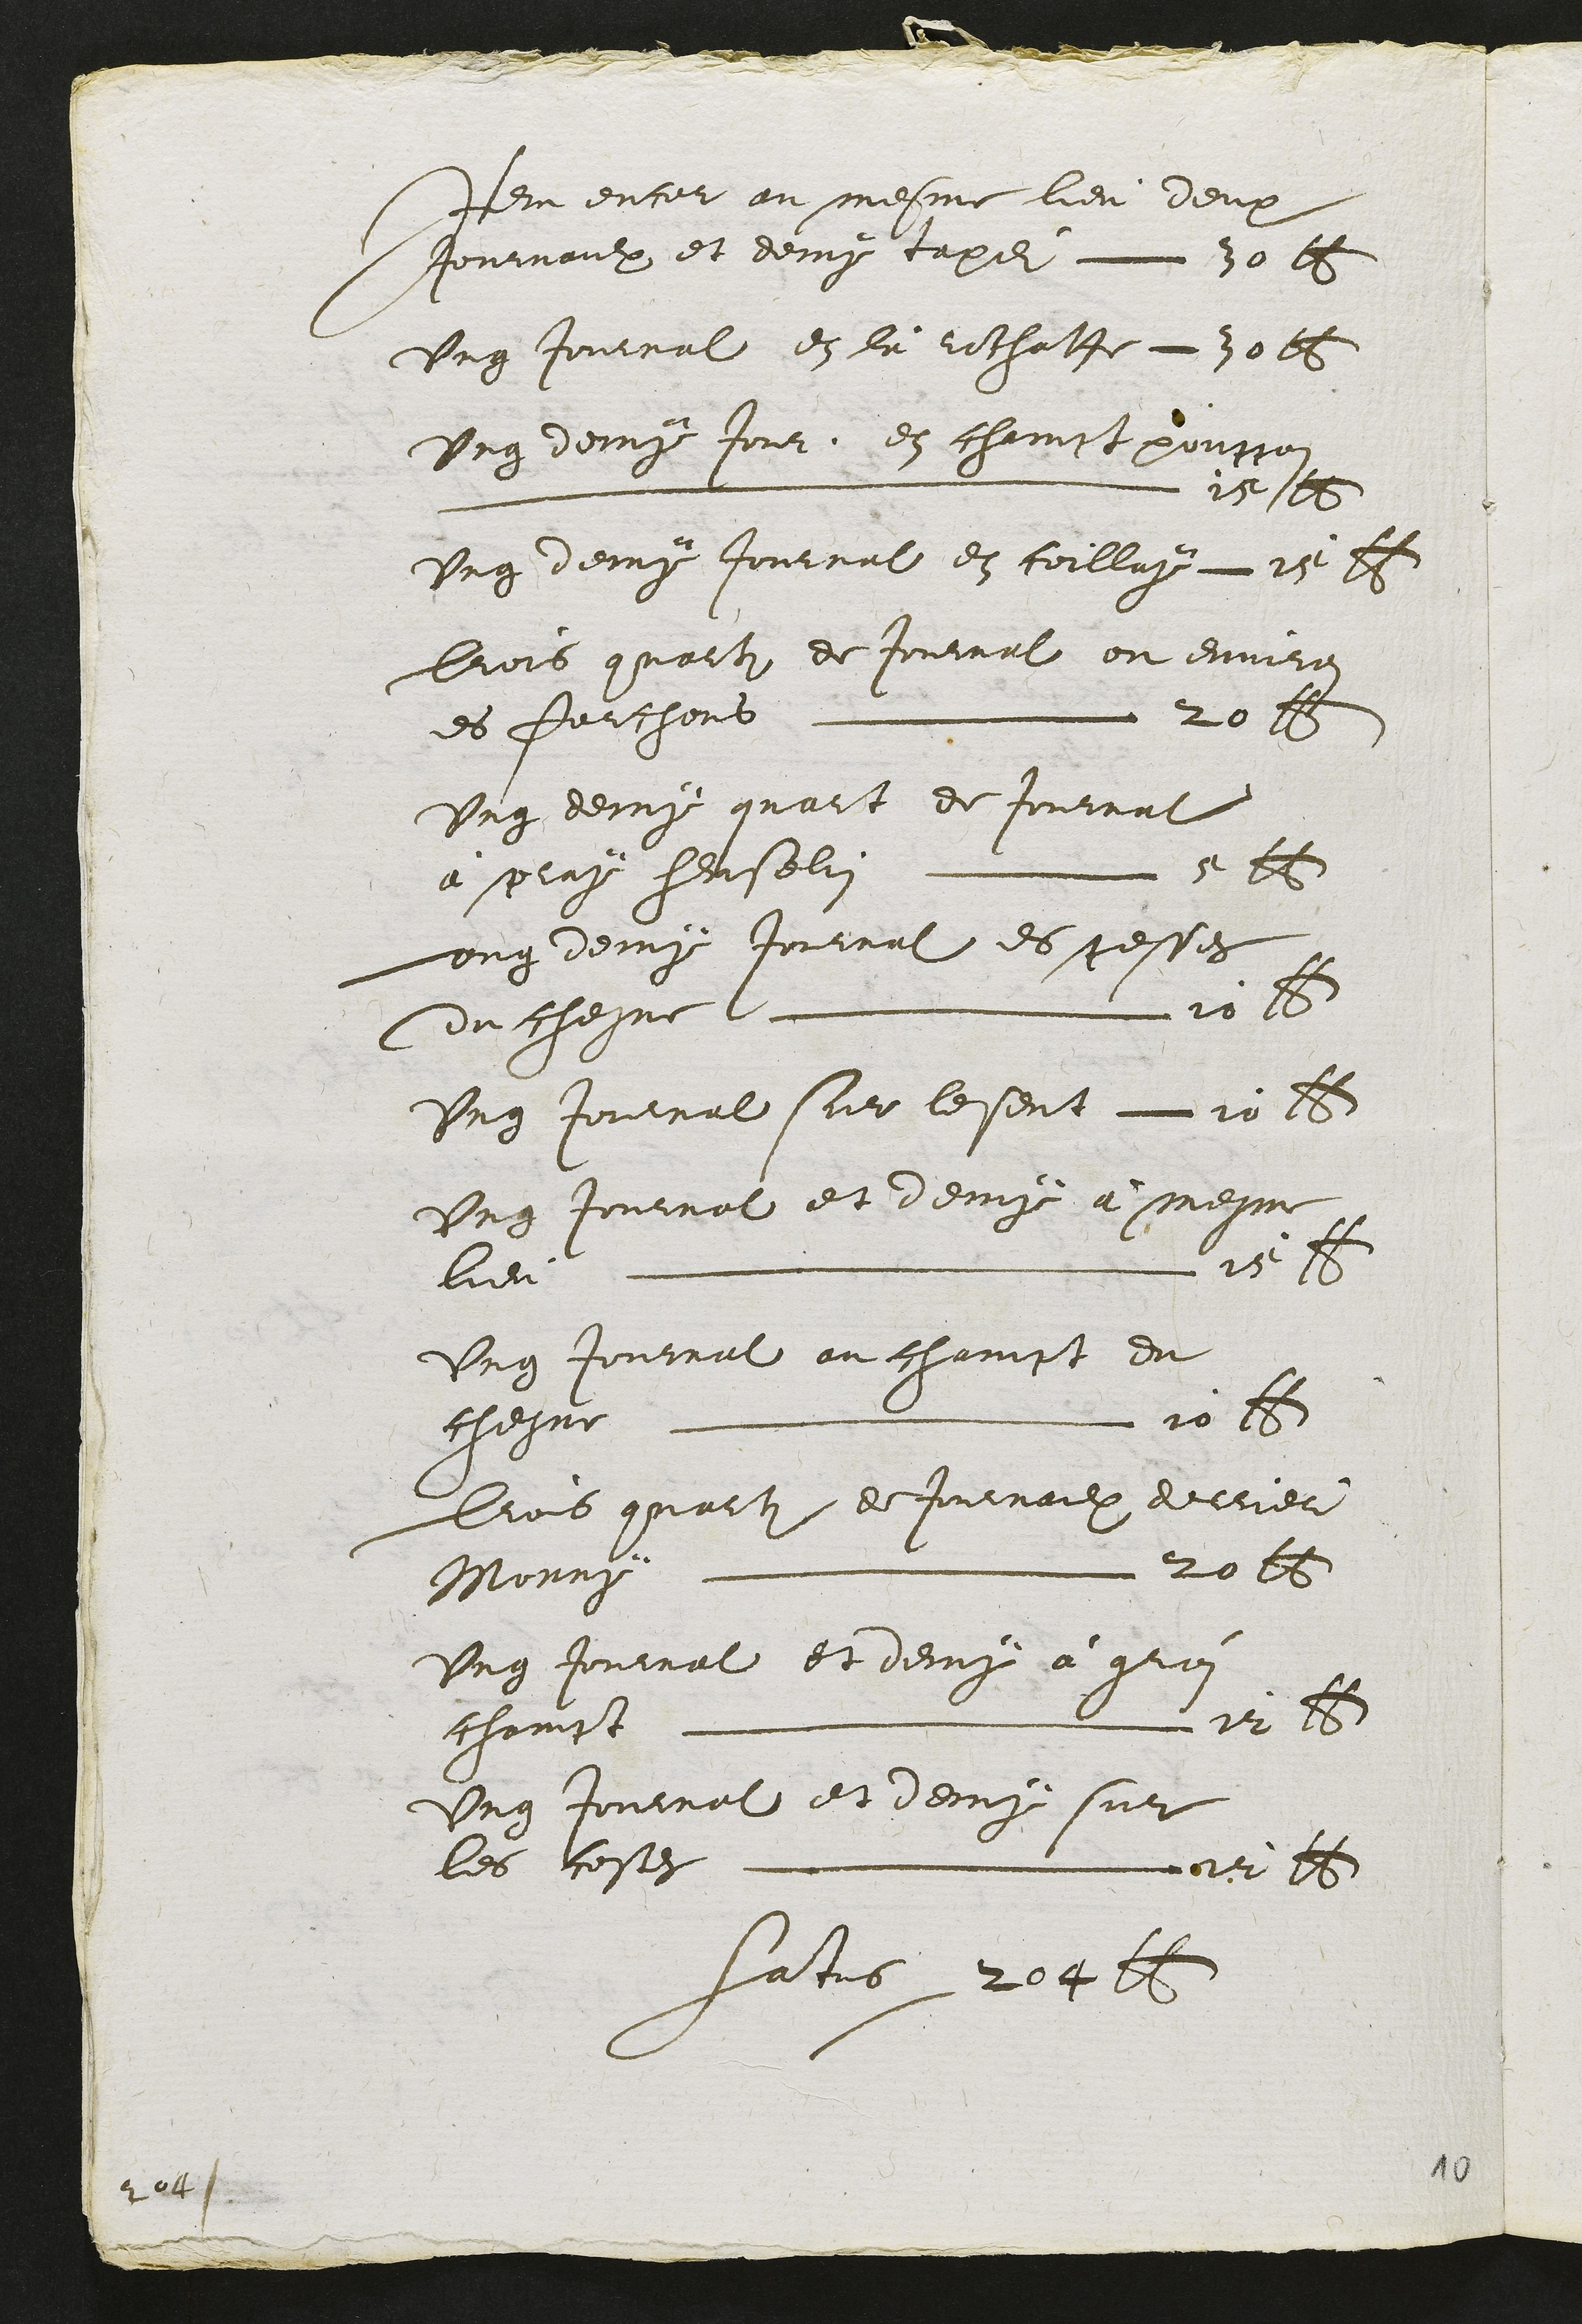
Iem entel au mesme leu deux
Jonmaulixon et demx cape  20 l
Ung joumal en la lehathe  70lt
Unr demng tout, et chevst poupai
Ln n Lo i mn mnm nnnnu q5q
Uroi deong Jommal en coillug ce e
Bors quasti de Jontral ou enmire
es Rauthens Lfe 20 5
Ung deong quait de Jontrat
a selag henselin  e 26
Lung demy Joriaat es cesses
Couchegue loett 18
Ung Joutral sue losent Lu28
ung tommat et denig a Mese
leu mtt 5
Ung dontrat au chamst du
cheste L10
Lns quaiti  de Jevaulx delier
Mesit 20 l6
Ung Putrat le deeux a geri
chovst L Luy 8
Ung Jourat et demny su
les bestes   : :ill  [f["sese]
fatis 2o91t

aat

10